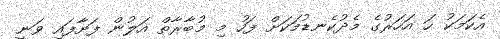
އެކަމަކު ހަ އަހަރުގެ މެދުކެނޑުމަކަށް ފަހު މި މުބާރާތް އަލުން ފަށާފައި ވަނީ